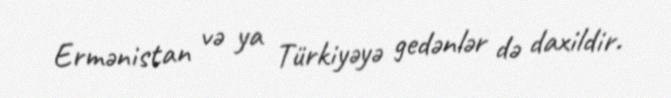
Ermənistan və ya Türkiyəyə gedənlər də daxildir.